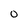
Character: 0